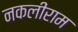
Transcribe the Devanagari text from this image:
नकलीराम